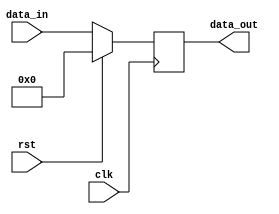
module sync_d_flip_flop(
  input clk, rst,
  input [7:0]data_in,
  output reg [7:0]data_out);
  
  always@(posedge clk)
    data_out <= rst ? 8'd0:data_in;
  
endmodule